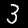
Digit: 3